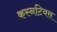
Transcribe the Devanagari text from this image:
कस्नटियस